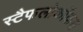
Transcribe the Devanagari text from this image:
स्टैफलोकॉकस